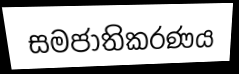
සමජාතිකරණය